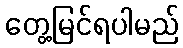
တွေ့မြင်ရပါမည်